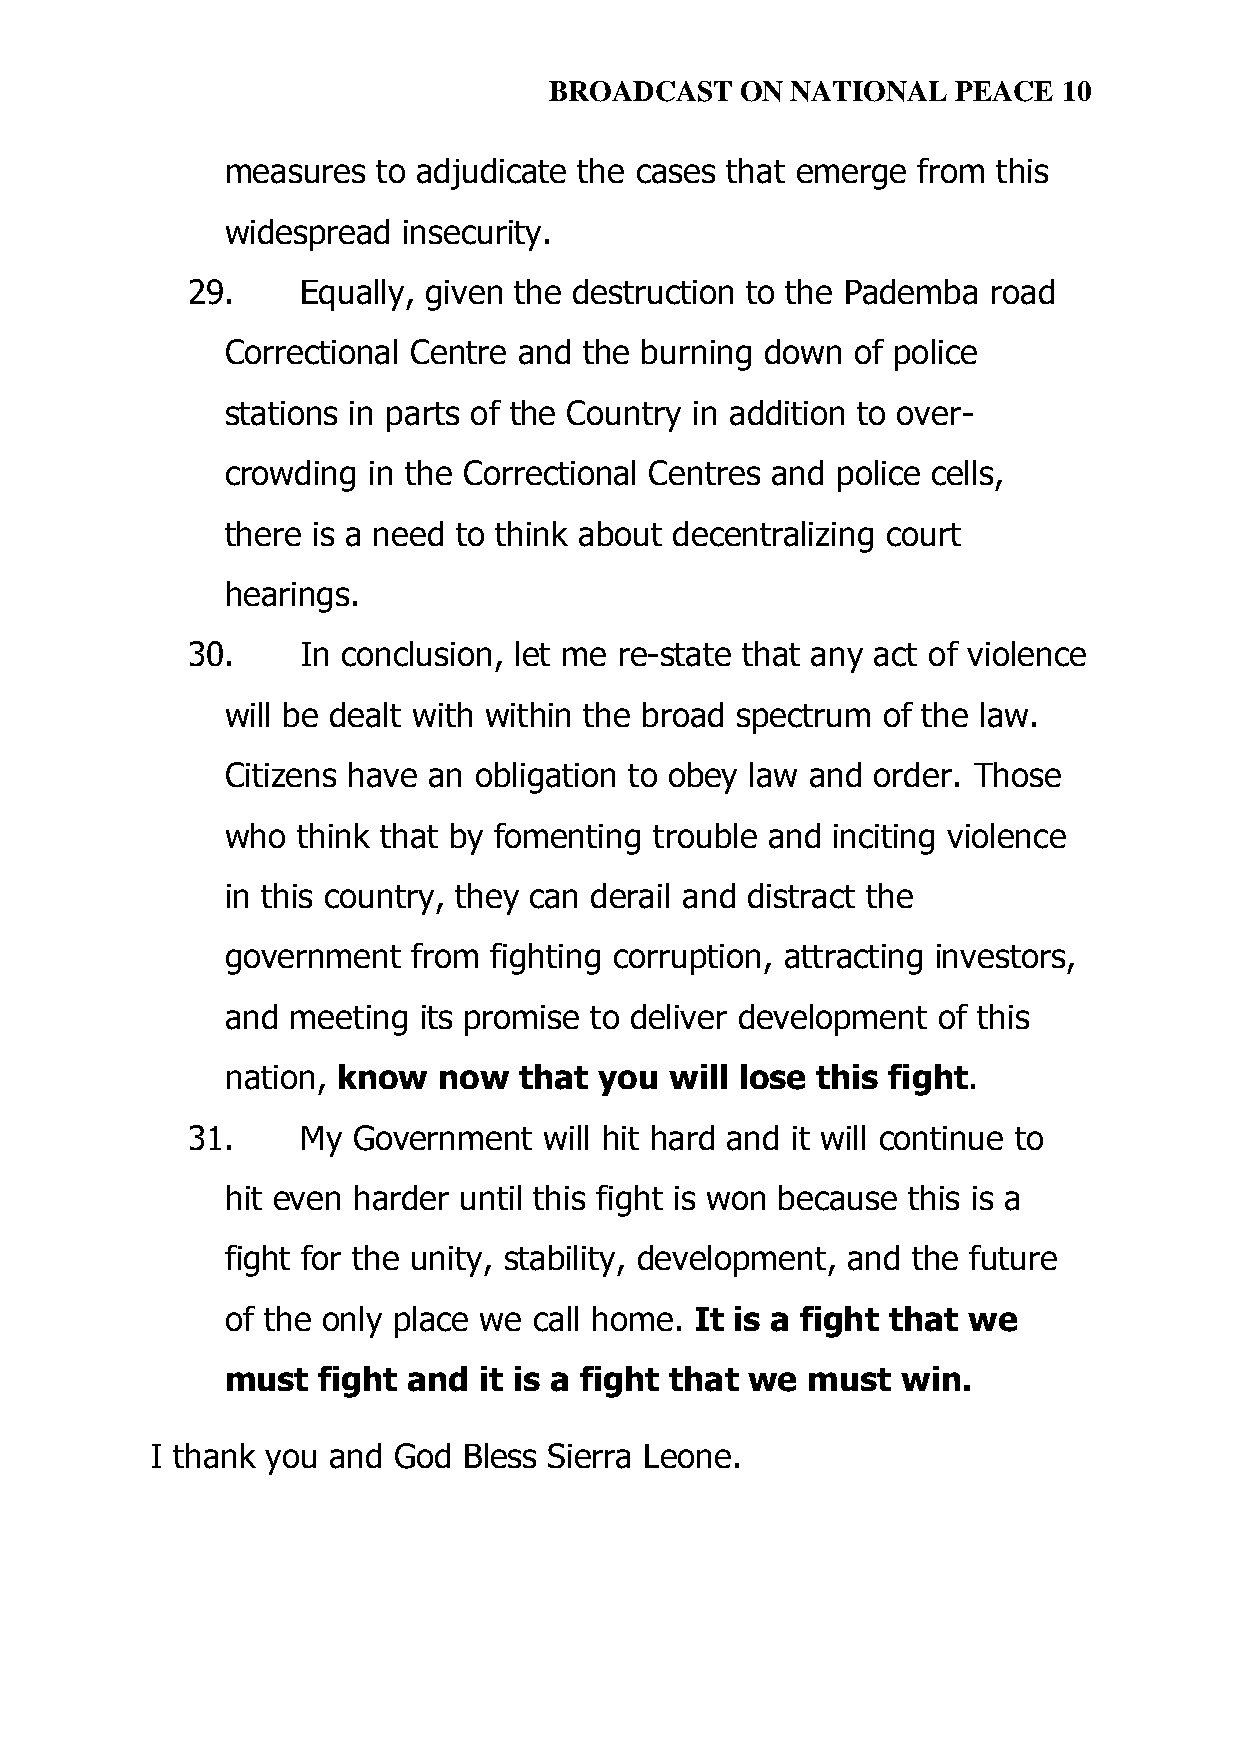
BROADCAST    ON NATIONAL   PEACE  10
 measures  to adjudicate the cases that emerge from this
 widespread  insecurity.
 29.     Equally, given the destruction to the Pademba road
 Correctional Centre and the burning down  of police
 stations in parts of the Country in addition to over-
 crowding in the Correctional Centres and police cells,
 there is a need to think about decentralizing court
 hearings.
 30.     In conclusion, let me re-state that any act of violence
 will be dealt with within the broad spectrum of the law.
 Citizens have an obligation to obey law and order. Those
 who  think that by fomenting trouble and inciting violence
 in this country, they can derail and distract the
 government  from  fighting corruption, attracting investors,
 and meeting  its promise to deliver development of this
 nation, know  now  that  you will lose this fight.
 31.     My Government   will hit hard and it will continue to
 hit even harder until this fight is won because this is a
 fight for the unity, stability, development, and the future
 of the only place we call home. It is a fight that we
 must  fight and  it is a fight that we must  win.
 I thank you and God  Bless Sierra Leone.